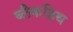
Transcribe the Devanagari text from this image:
ब्लैकहिथ